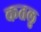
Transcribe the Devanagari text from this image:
कतलु